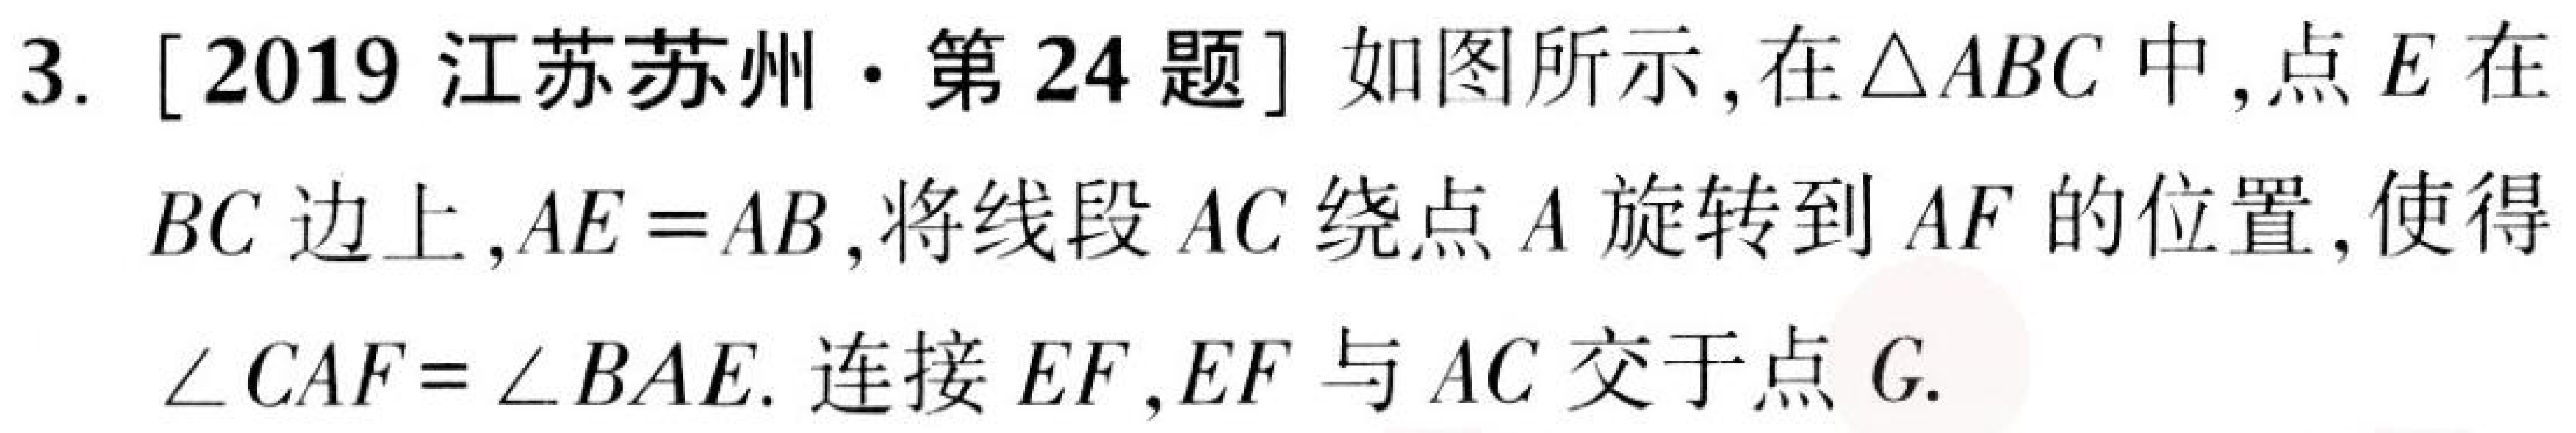
3. [2019 江苏苏州·第 24 题] 如图所示，在\(\triangle ABC\)中，点\(E\)在\(BC\)边上，\(AE = AB\)，将线段\(AC\)绕点\(A\)旋转到\(AF\)的位置，使得\(\angle CAF=\angle BAE\). 连接\(EF\)，\(EF\)与\(AC\)交于点\(G\).